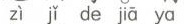
zì jǐ de jiā yα